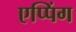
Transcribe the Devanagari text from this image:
एप्पिंग